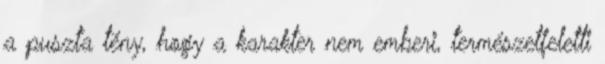
a puszta tény, hogy a karakter nem emberi, természetfeletti